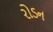
રોડન